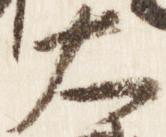
大